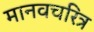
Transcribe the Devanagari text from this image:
मानवचरित्र